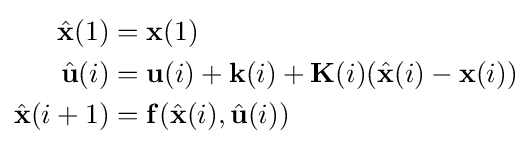
{\begin{aligned}{\hat {\mathbf {x} }}(1)&=\mathbf {x} (1)\\{\hat {\mathbf {u} }}(i)&=\mathbf {u} (i)+\mathbf {k} (i)+\mathbf {K} (i)({\hat {\mathbf {x} }}(i)-\mathbf {x} (i))\\{\hat {\mathbf {x} }}(i+1)&=\mathbf {f} ({\hat {\mathbf {x} }}(i),{\hat {\mathbf {u} }}(i))\end{aligned}}